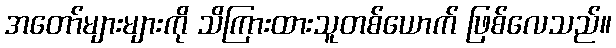
အတော်များများကို သိကြားထားသူတစ်ယောက် ဖြစ်လေသည်။